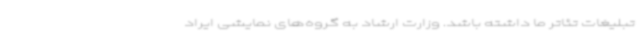
تبلیغات تئاتر ما داشته باشد. وزارت ارشاد به گروه‌های نمایشی ایراد